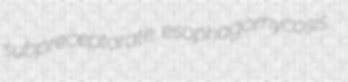
subpreceptorate esophagomycosis